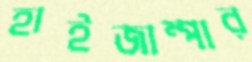
হাইজাম্পার